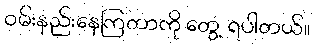
ဝမ်းနည်းနေကြတာကို တွေ့ ရပါတယ်။